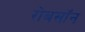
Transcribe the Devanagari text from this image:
रोबसॉन